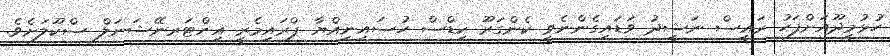
ހުޅުމީދޫއަށްފަހު ރައީސް ނަޝީދު ވަޑައިގެންނެވީ ކެންގަރޫ ކިޑްސް ހުސައިނިއްޔާ ޕްރައިމެރީ އިންޓަރނޭޝަނަލް ސްކޫލަށެވެ.